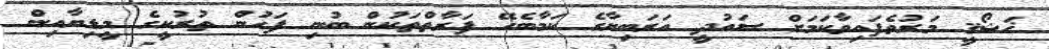
ޚަޝޯޤީ މަރުވެފައިވާކަމަށް ސައުދީ އަރަބިޔާގެ ކަމާބެހޭ ފަރާތްތަކުން ބުނި ފަހުން ތުރުކީގެ މީޑިޔާއިން